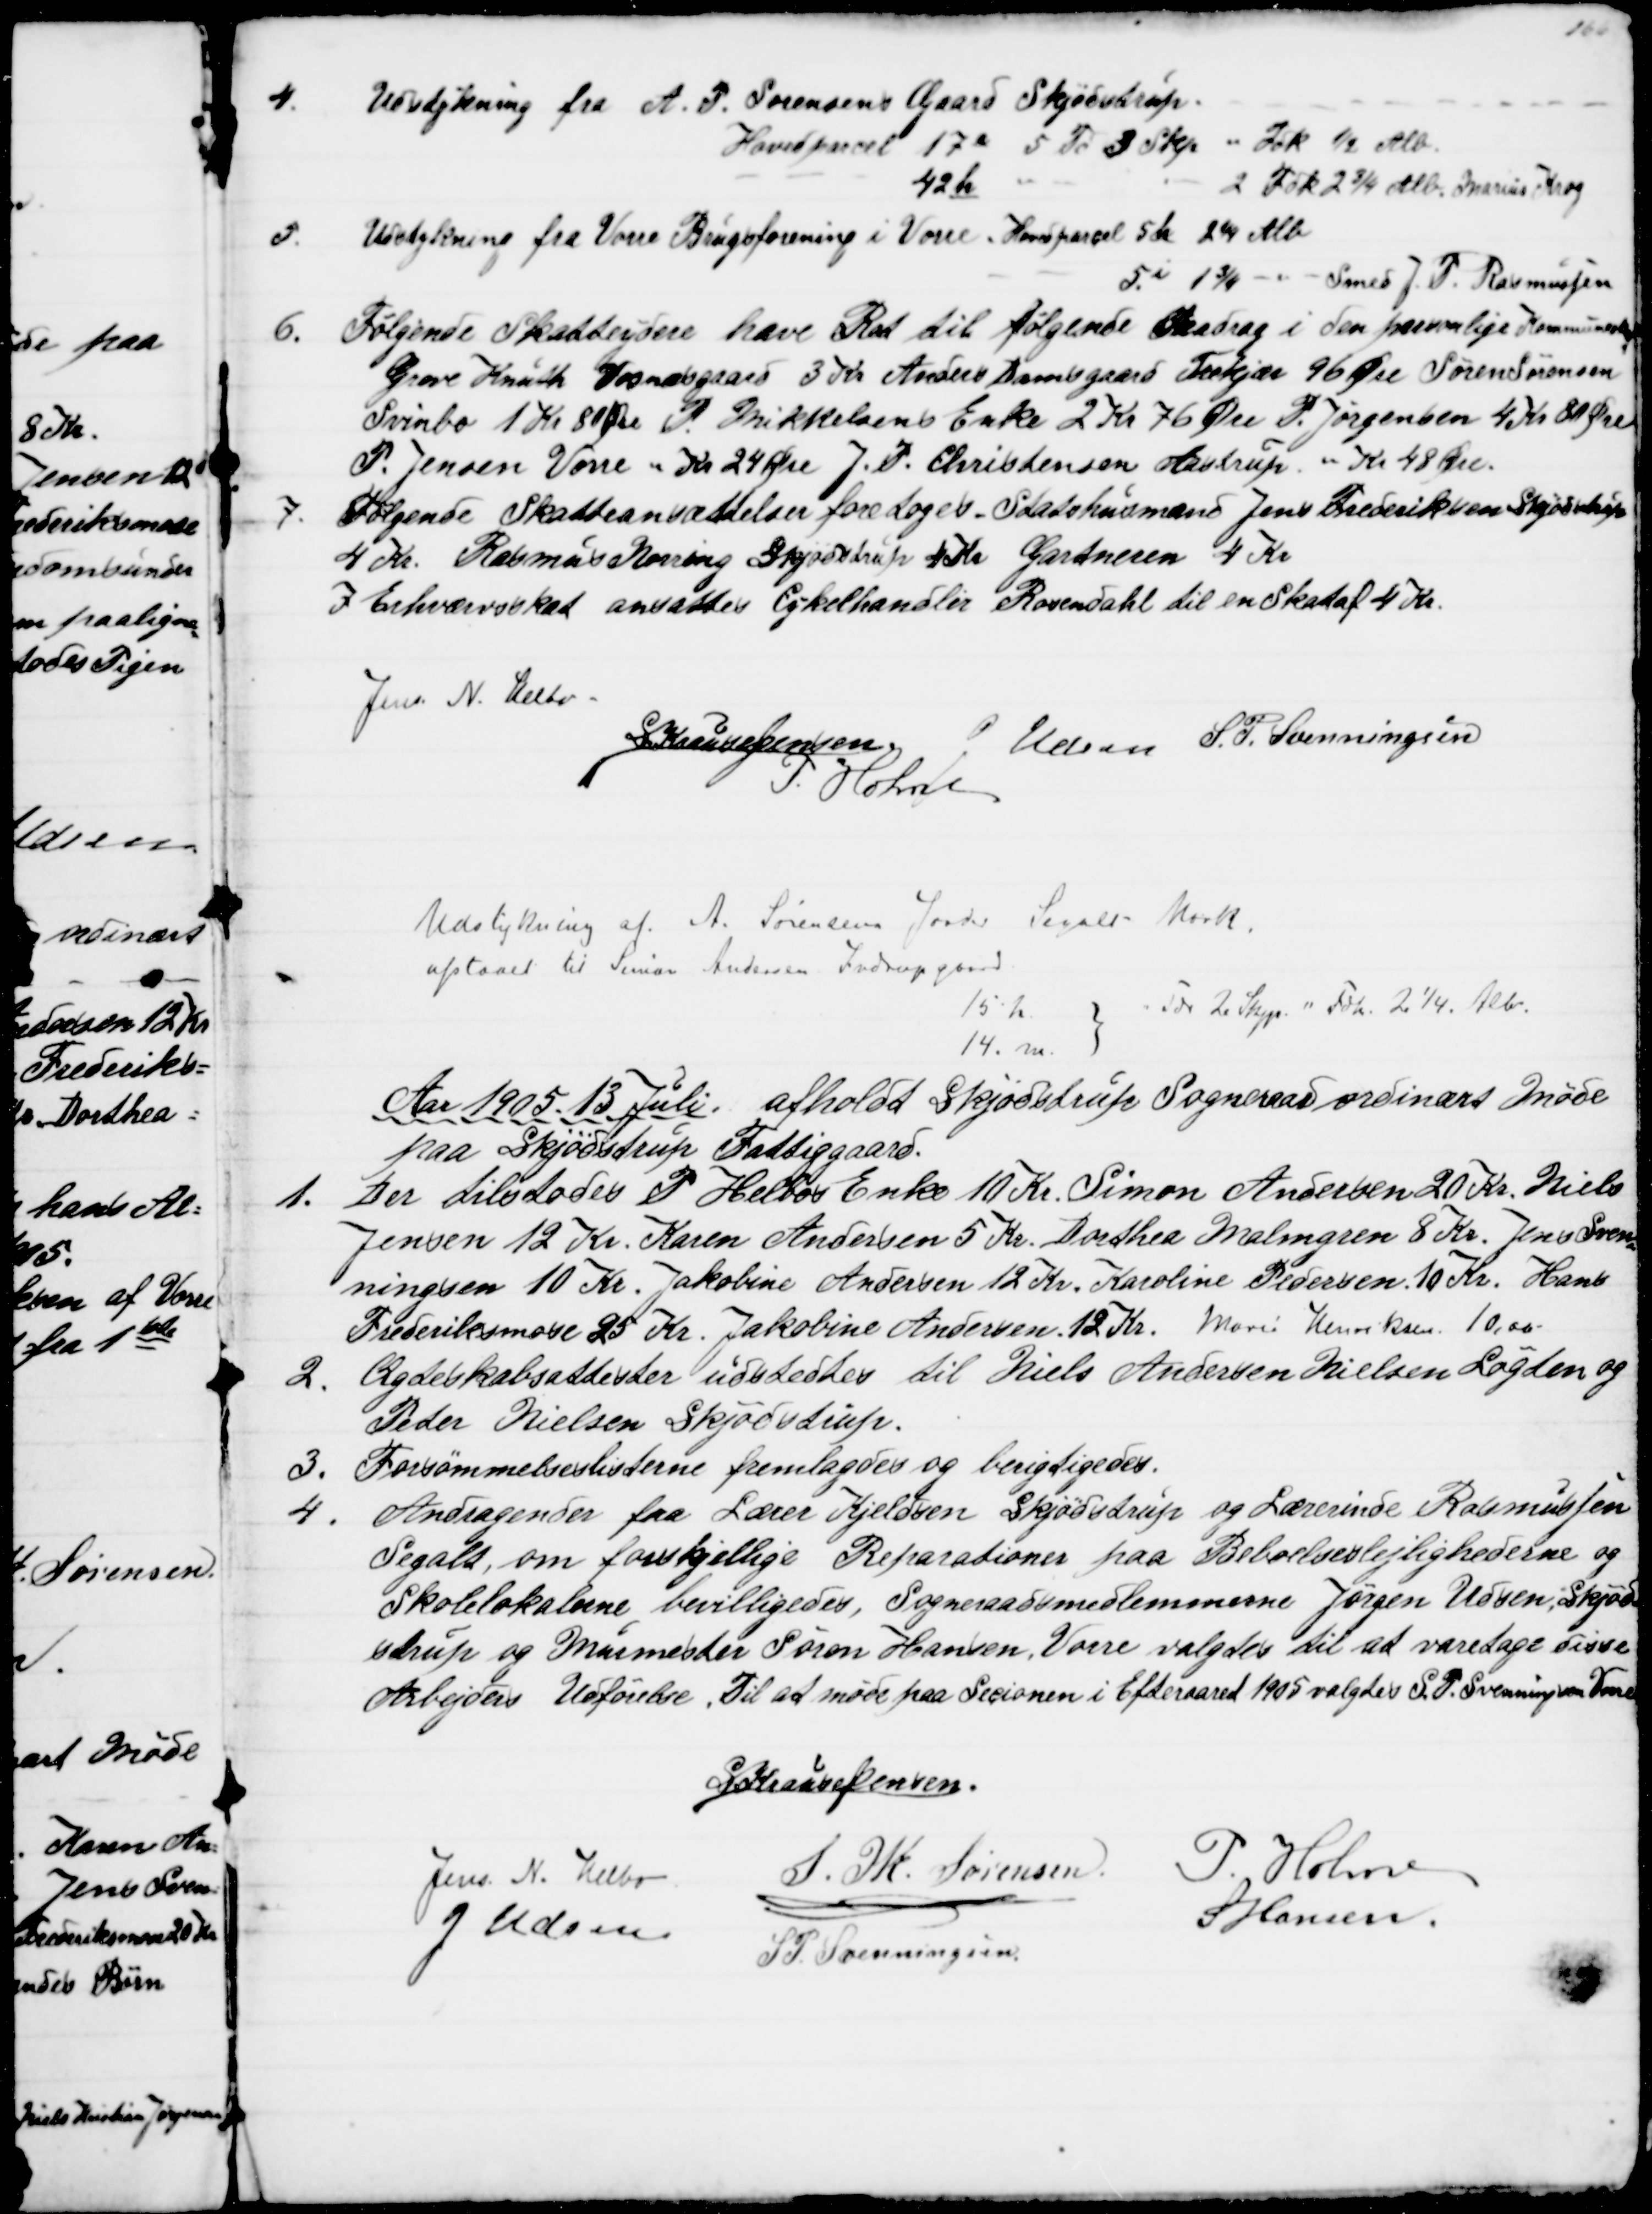
Transskription:
4. Udstykning fra A. P. Sørensens Gaard Skjødstrup
Hovedparcel 17e 5 Td. 3 Skp " Fdk ½ Alb.
42h
2 Fdk 2¾ Alb. Marius Krog
5. Udstykning fra Vorre Brugsforening i Vorre. Hovedparcel 5h  2¼ Alb.
5i 1¾ - " - Smed J. P. Rasmussen
6.
Følgende Skatteydere have Ret til følgende Fradrag i den personlige Kommuneskat
Greve Knuth Vosnæsgaard 3 Kr. Anders Damsgaard Trækjær 96 Øre Søren Sørensen
Svinbo 1 Kr 80 Øre P. Mikkelsens Enke 2 Kr 76 Øre P. Jørgensen 4 Kr 80 Øre
P. Jensen Vorre " Kr 24 Øre J. P. Christensen Aastrup " Kr 48 Øre.
7.
Følgende Skatteansættelser foretoges. Statshusmand Jens Frederiksen Skjødstrup
4 Kr. Rasmus Norring Skjødstrup 4 Kr Gartneren 4 Kr
I Erhvervsskat ansattes Cykelhandler Rosendahl til en Skat af 4 Kr.
Jens N. Helbo
S Krause Jensen
J Udsen S. P. Svenningsen
P. Holme
Udstykning af A. Sørensens Jorder Segalt Mark.
afstaaet til Simon Andersen, Indrupgaard
15 h
" Td 2 Skjp. " Fdk. 2¼. Alb.
14. m.
Aar 1905. 13. Juli afholdt Skjødstrup Sogneraad ordinært Møde
paa Skjødstrup Fattiggaard.
1.
Der tilstodes P. Helbos Enke 10 Kr. Simon Andersen 20 Kr. Niels
Jensen 12 Kr. Karen Andersen 5 Kr. Dorthea Malmgren 8 Kr. Jens Sven
=
ningsen 10 Kr. Jakobine Andersen 12 Kr. Karoline Pedersen. 10 Kr. Hans
Frederiksmose 25 Kr. Jakobine Andersen. 12 Kr. Marie Henriksen 10,00
2.
Ægteskabsattester udstedtes til Niels Andersen Nielsen Løgten og
Peder Nielsen Skjødstrup.
3.
Forsømmelseslisterne fremlagdes og berigtigedes.
4.
Andragender fra Lærer Kjeldsen Skjødstrup og Lærerinde Rasmussen
Segalt, om forskjellige Reparationer paa Beboelseslejlighederne og
Skolelokalerne bevilligedes. Sogneraadsmedlemmerne Jørgen Udsen, Skjød
strup og Murmester Søren Hansen, Vorre valgtes til at varetage disse
Arbejders Udførelse. Til at møde paa Sesionen i Efteraaret 1905 valgtes S. P. Svenningsen Vorre
S Krause Jensen.
Jens N. Helbo
S. M. Sørensen
P. Holme
J. Udsen
S Hansen.
S P. Svenningsen.